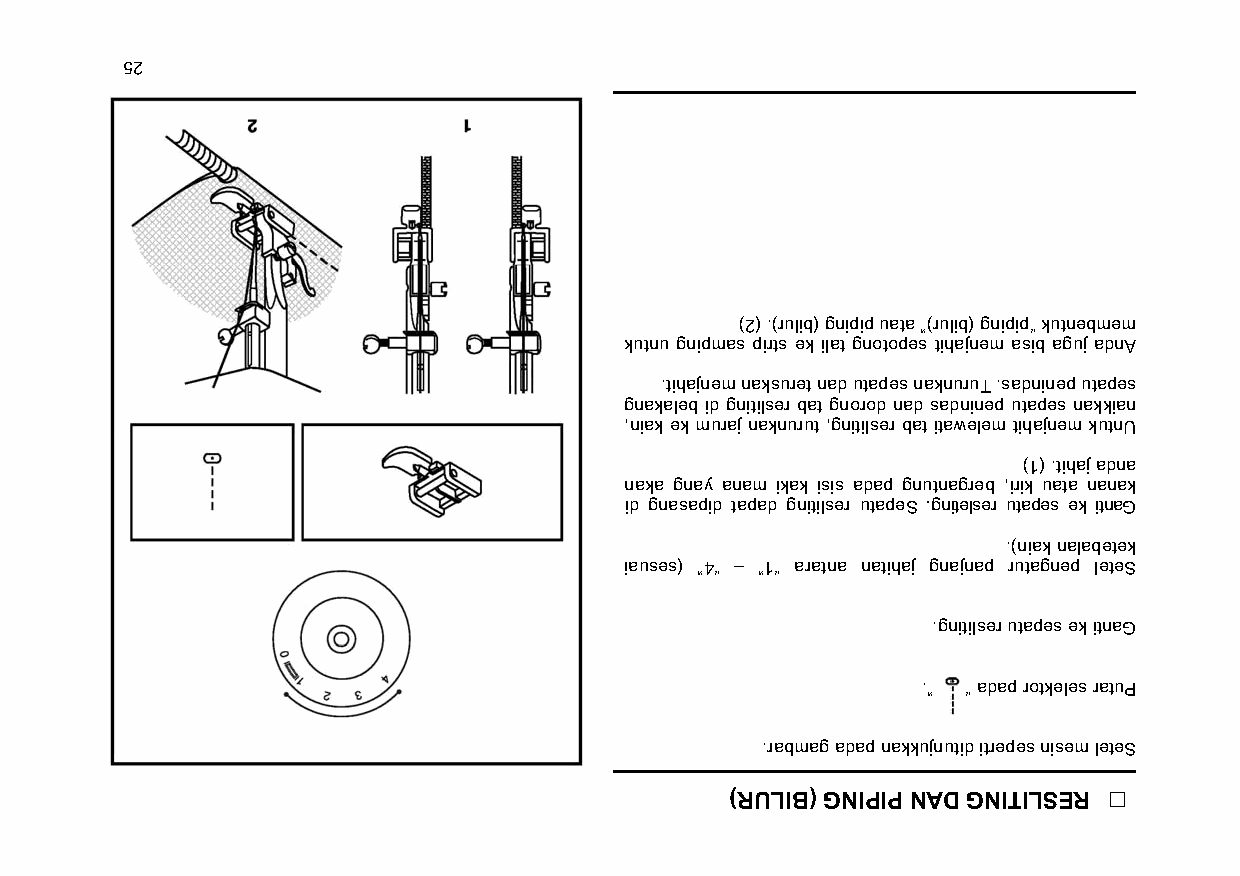
52
 )2( .)rulib( gnipip uata ”)rulib( gnipip“ kutnebmem
 kutnu gnipmas pirts ek ilat gnotopes tihajnem asib aguj adnA
 .tihajnem naksuret nad utapes naknuruT .sadninep utapes
 gnakaleb id gnitilser bat gnorod nad sadninep utapes nakkian
 ,niak ek muraj naknurut ,gnitilser bat itawelem tihajnem kutnU
 )1( .tihaj adna
 naka gnay anam ikak isis adap gnutnagreb ,irik uata nanak
 id gnasapid tapad gnitilser utapeS .gnitelser utapes ek itnaG
 .)niak nalabetek
 iauses( ”4“ – ”1“ aratna natihaj gnajnap rutagnep leteS
 .gnitilser utapes ek itnaG
 .” “ adap rotkeles ratuP
 .rabmag adap nakkujnutid itrepes nisem leteS
 )RULIB( GNIPIP NAD GNITILSER